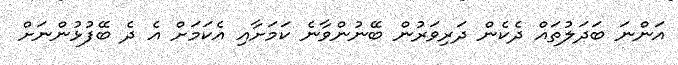
އަންނަ ބަދަލުތައް ދެކެން ދަރިވަރުން ބޭނުންވާނެ ކަމަށާއި އެކަމަށް އެ ދެ ބޭފުޅުންނަށް